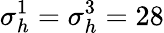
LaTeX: \sigma_{h}^{1}=\sigma_{h}^{3}=28